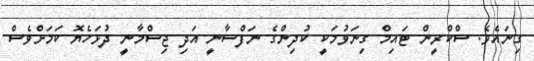
ގިނައެވެ. ސްކްރީން ޓައިމް ގިނަވުމަކީ ކުދިންގެ ނަފްސާނީ އަދި ޖިސްމާނީ ދުޅަހެޔޮ ކަމަށްވެސް